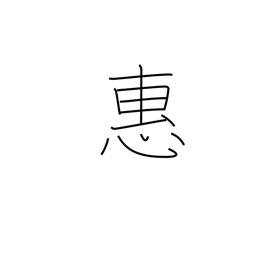
Meaning: grace